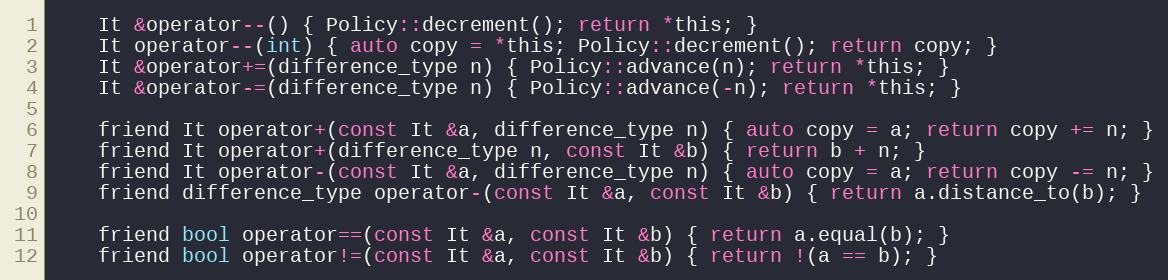
Language: C
    It &operator--() { Policy::decrement(); return *this; }
    It operator--(int) { auto copy = *this; Policy::decrement(); return copy; }
    It &operator+=(difference_type n) { Policy::advance(n); return *this; }
    It &operator-=(difference_type n) { Policy::advance(-n); return *this; }

    friend It operator+(const It &a, difference_type n) { auto copy = a; return copy += n; }
    friend It operator+(difference_type n, const It &b) { return b + n; }
    friend It operator-(const It &a, difference_type n) { auto copy = a; return copy -= n; }
    friend difference_type operator-(const It &a, const It &b) { return a.distance_to(b); }

    friend bool operator==(const It &a, const It &b) { return a.equal(b); }
    friend bool operator!=(const It &a, const It &b) { return !(a == b); }